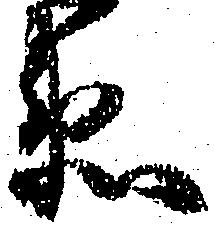
衛